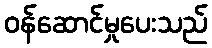
ဝန်ဆောင်မှုပေးသည်